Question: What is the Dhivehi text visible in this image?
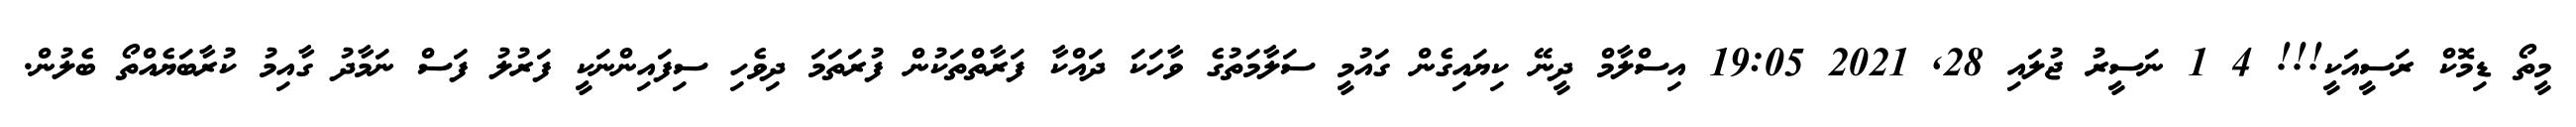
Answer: މީތޯ ޑިމޮކް ރަސީއަކީ!!! 4 1 ނަސީރު ޖުލައި 28, 2021 19:05 އިސްލާމް ދީނޭ ކިޔައިގެން ގައުމީ ސަލާމަތުގެ ވާހަކަ ދައްކާ ފަރާތްތަކުން ފުރަތަމަ ދިވެހި ސިފައިންނަކީ ފަރުލު ފަސް ނަމާދު ގާއިމު ކުރާބަޔެއްތޯ ބެލުން.